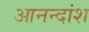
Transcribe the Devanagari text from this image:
आनन्दांश